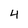
Character: 4